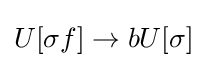
U[\sigma f]\to bU[\sigma ]